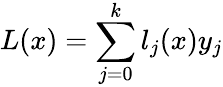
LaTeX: L(x)=\sum_{j=0}^{k}l_{j}(x)y_{j}